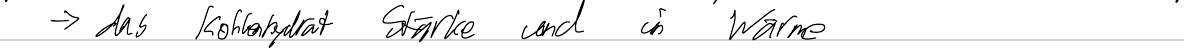
-> das Kohlenhydrat Stärke und in Wärme